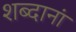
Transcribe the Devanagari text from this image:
शब्दानां